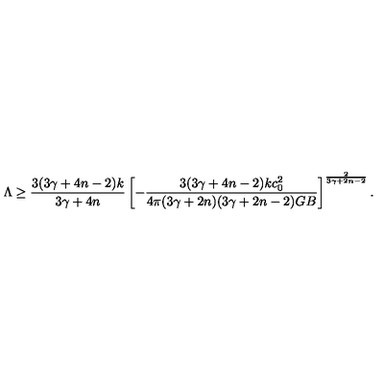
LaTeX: \Lambda \geq { \frac { 3 ( 3 \gamma + 4 n - 2 ) k } { 3 \gamma + 4 n } } \left[ - { \frac { 3 ( 3 \gamma + 4 n - 2 ) k c _ { 0 } ^ { 2 } } { 4 \pi ( 3 \gamma + 2 n ) ( 3 \gamma + 2 n - 2 ) G B } } \right] ^ { \frac { 2 } { 3 \gamma + 2 n - 2 } } .